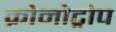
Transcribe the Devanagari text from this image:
क्रोनोट्रोप